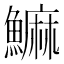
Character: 䲈